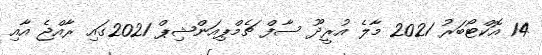
14 އޮކްޓޯބަރު 2021 މާލެ އުރީދޫ ސާފް ޗެމްޕިއަންޝިޕް 2021ގައި ރާއްޖެ އާއި